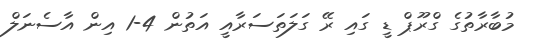
މުބާރާތުގެ ގްރޫޕް ޑީ ގައި ރޭ ގަލަތަސަރާއީ އަތުން 4-1 އިން އާސެނަލް